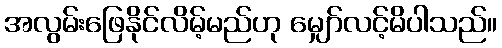
အလွမ်းဖြေနိုင်လိမ့်မည်ဟု မျှော်လင့်မိပါသည်။